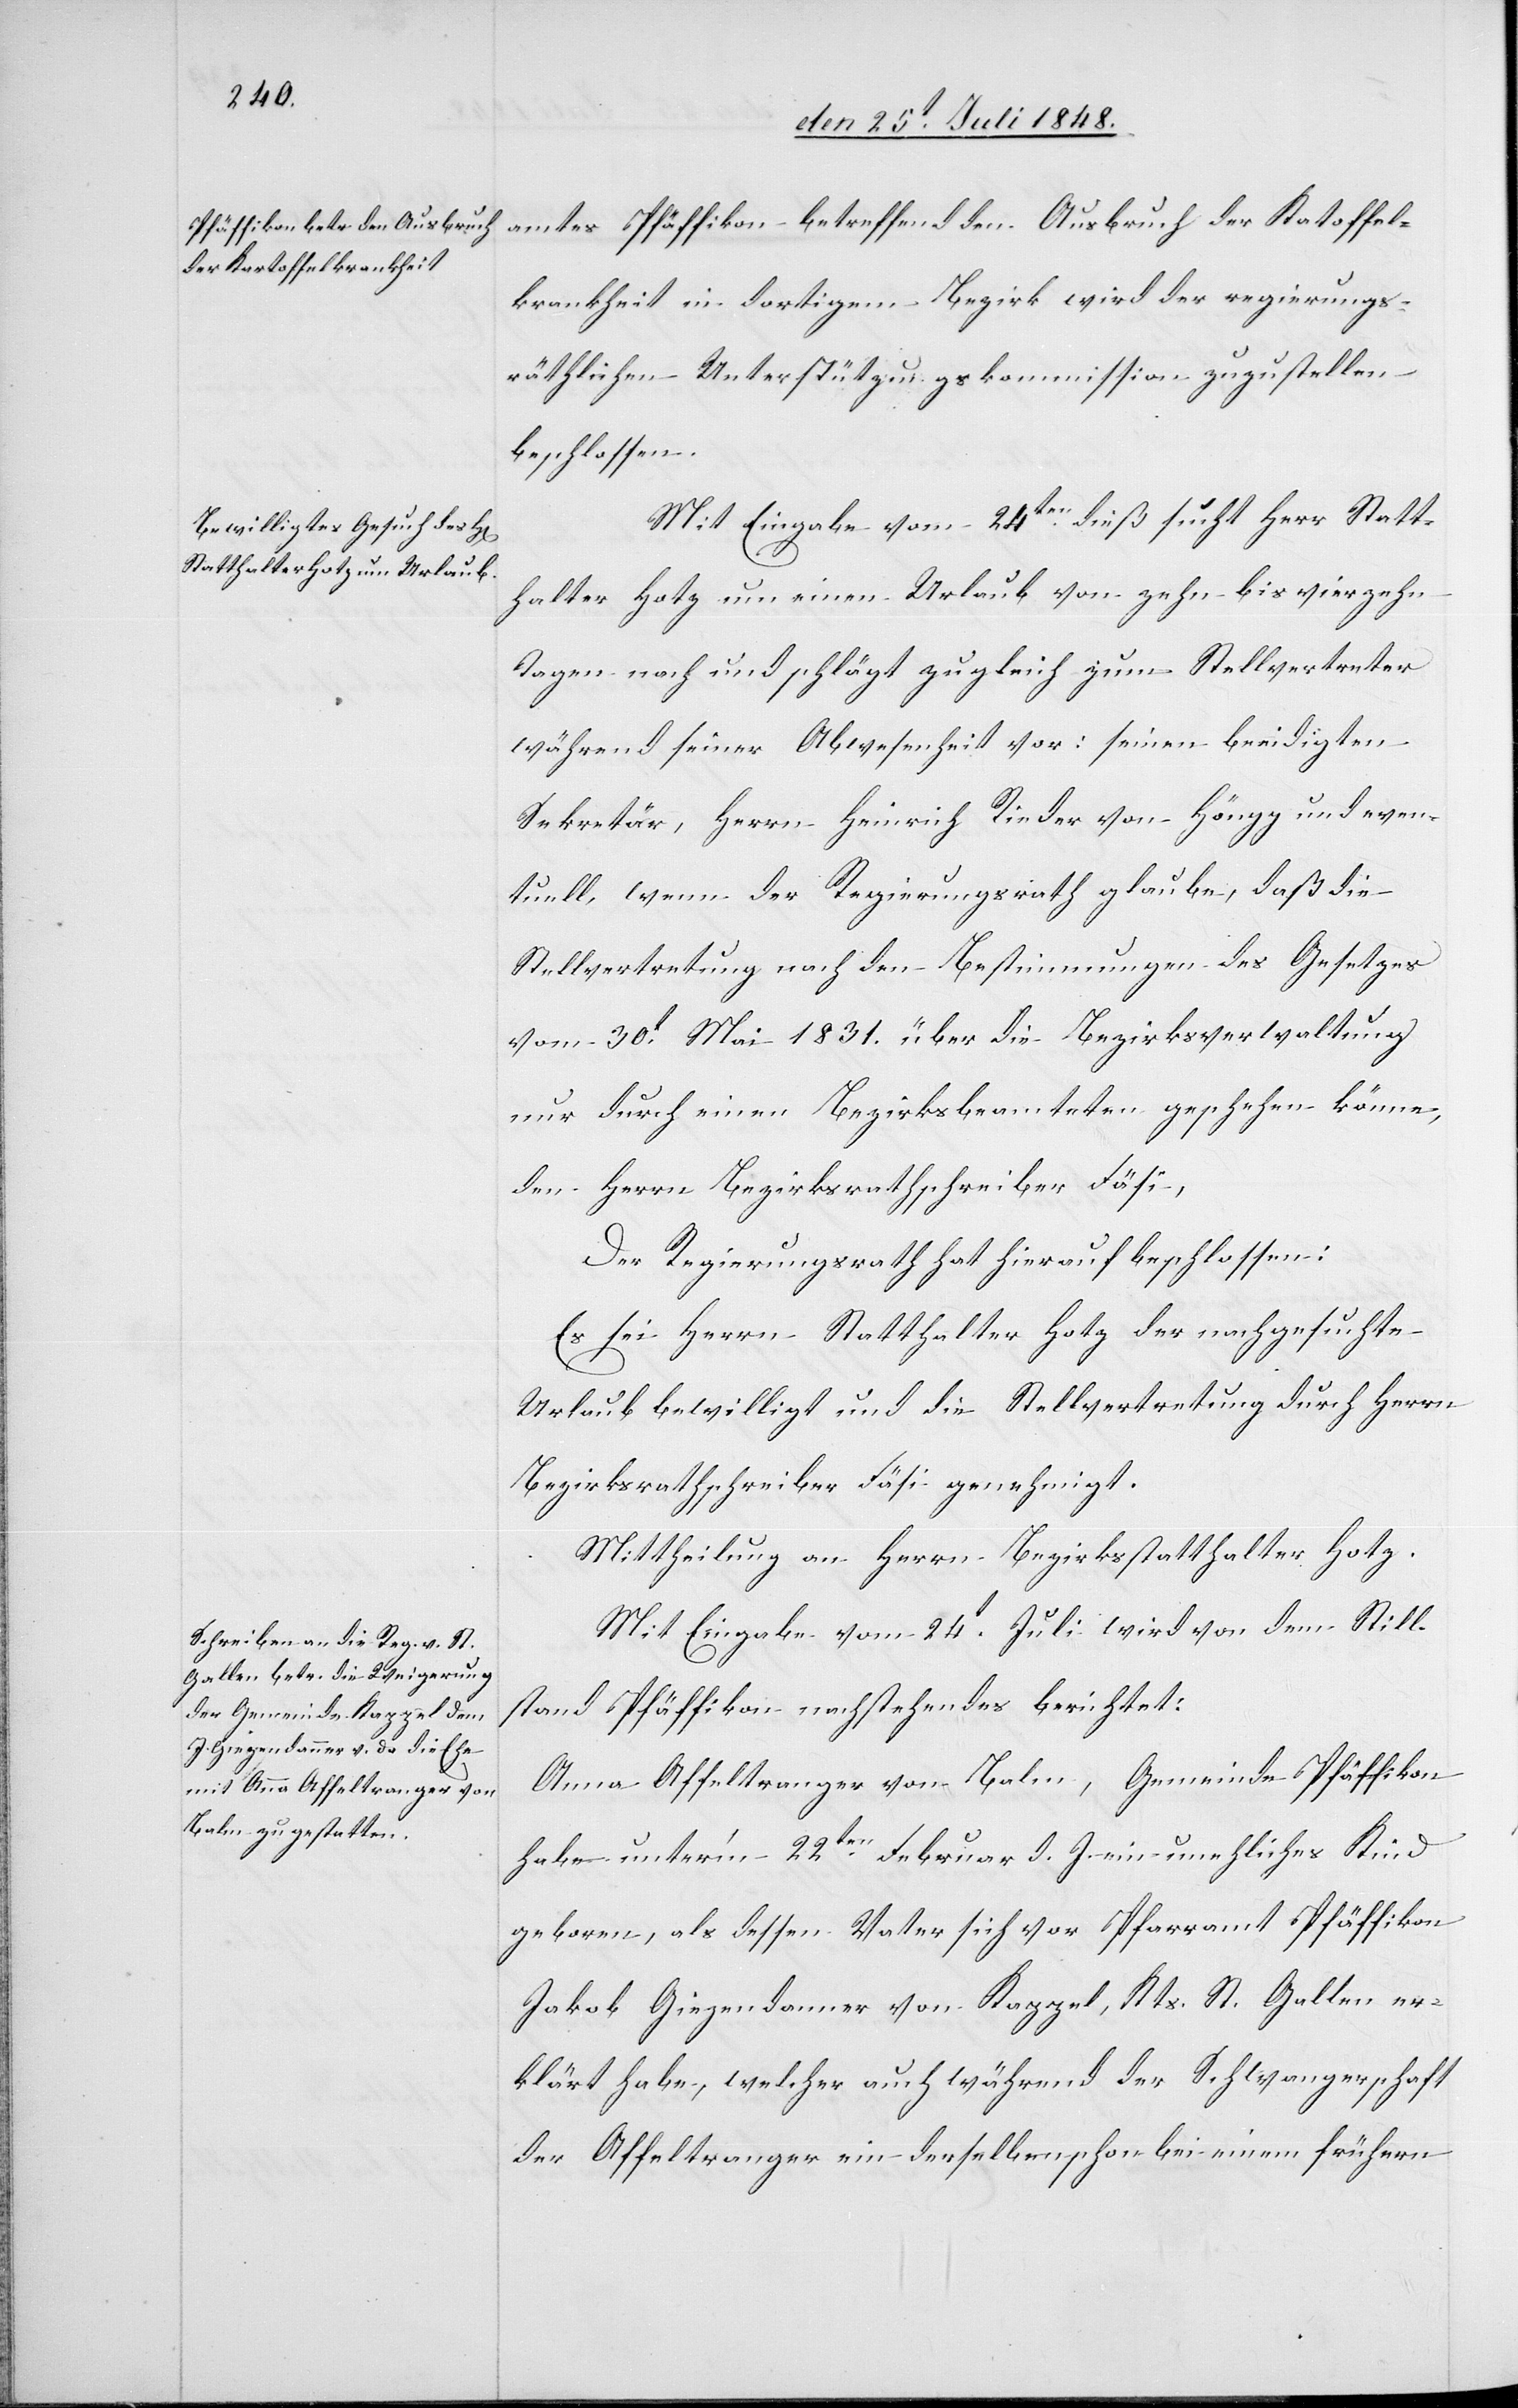
amtes Pfäffikon betreffend den Ausbruch der Kartoffel¬
krankheit in dortigem Bezirk wird der regierungs¬
räthlichen Unterstützungskommission zuzustellen
beschlossen.
Mit Eingabe vom 24ten dieß sucht Herr Statt¬
halter Hotz um einen Urlaub von zehn bis vierzehn
Tagen nach und schlägt zugleich zum Stellvertreter
während seiner Abwesenheit vor: seinen beeidigten
Sekretär, Herrn Heinrich Rieder von Höngg und even¬
tuell, wenn der Regierungsrath glaube, daß die
Stellvertretung nach den Bestimmungen des Gesetzes
vom 30t Mai 1831. über die Bezirksverwaltung
nur durch einen Bezirksbeamteten geschehen könne,
den Herrn Bezirksrathschreiber Fäsi.
Der Regierungsrath hat hierauf beschlossen:
Es sei Herrn Statthalter Hotz der nachgesuchte
Urlaub bewilligt und die Stellvertretung durch Herrn
Bezirksrathschreiber Fäsi genehmigt.
Mittheilung an Herrn Bezirksstatthalter Hotz.
Mit Eingabe vom 24t Juli wird von dem Still¬
stand Pfäffikon nachstehendes berichtet:
Anna Affeltranger von Balm, Gemeinde Pfäffikon
habe unter’m 22ten Februar d. J. ein uneheliches Kind
geboren, als dessen Vater sich vor Pfarramt Pfäffikon
Jakob Giegendanner von Kappel, Kts. St. Gallen er¬
klärt habe, welcher auch während der Schwangerschaft
der Affeltranger ein derselben schon bei einem frühern